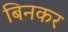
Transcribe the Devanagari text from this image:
बिनकर